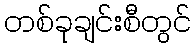
တစ်ခုချင်းစီတွင်